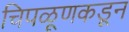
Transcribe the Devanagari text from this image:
चिपळूणकडून